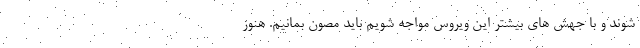
شوند و با جهش های بیشتر این ویروس مواجه شویم باید مصون بمانیم. هنوز